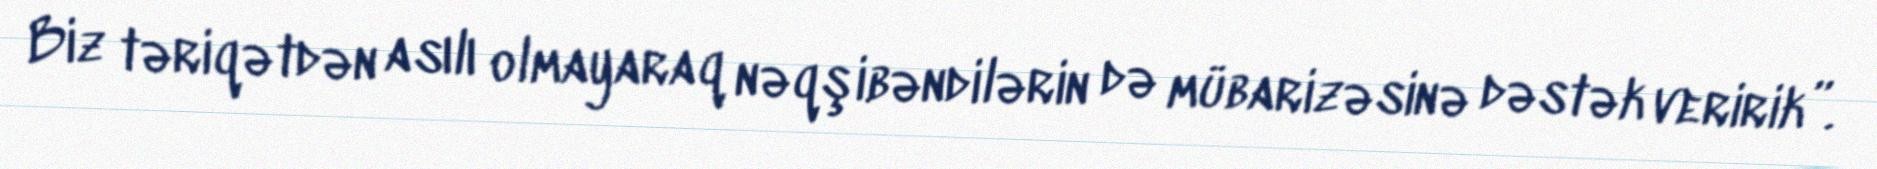
Biz təriqətdən asılı olmayaraq nəqşibəndilərin də mübarizəsinə dəstək veririk”.